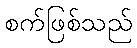
စက်ဖြစ်သည်